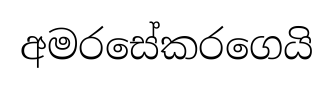
අමරසේකරගෙයි